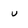
Character: u